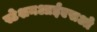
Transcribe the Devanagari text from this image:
स्टेशनआईएसओ